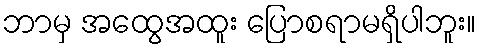
ဘာမှ အထွေအထူး ပြောစရာမရှိပါဘူး။